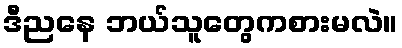
ဒီညနေ ဘယ်သူတွေကစားမလဲ။